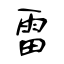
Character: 雷